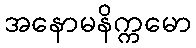
အနောမနိက္ကမော